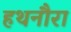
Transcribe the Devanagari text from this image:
हथनौरा